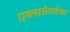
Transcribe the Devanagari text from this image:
एक्सप्रेसवेचा